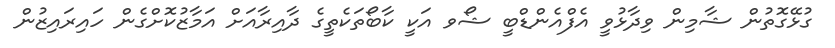
ގުޅޭގޮތުން ޝާމިން ވިދާޅުވީ އެފްއެންޑްބީ ޝޯވ އަކީ ކާބޯތަކެތީގެ ދާއިރާއަށް އަމާޒުކޮށްގެން ހައިރައިޒުން